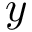
y